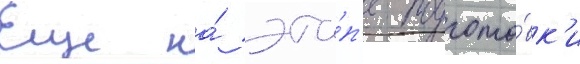
Еще на́ эта́п'е подгото́вк'и